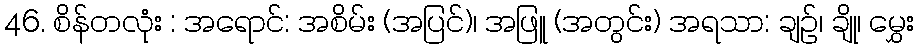
46. စိန်တလုံး : အရောင်: အစိမ်း (အပြင်)၊ အဖြူ (အတွင်း) အရသာ: ချဉ်၊ ချို၊ မွှေး